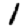
Digit: 1